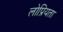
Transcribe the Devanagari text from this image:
लोप्रियता